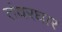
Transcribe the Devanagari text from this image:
तंवरघार